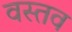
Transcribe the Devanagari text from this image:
वस्तव